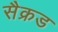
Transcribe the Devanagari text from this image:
सैक्रड